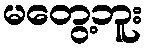
မတွေ့ဘူး